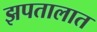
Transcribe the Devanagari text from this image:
झपतालात